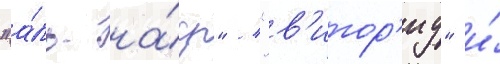
"а́ль-на́ср" / "в'итор'иу" и́